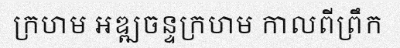
ក្រហម អឌ្ឍចន្ទក្រហម កាលពីព្រឹក